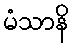
မံသာနိ